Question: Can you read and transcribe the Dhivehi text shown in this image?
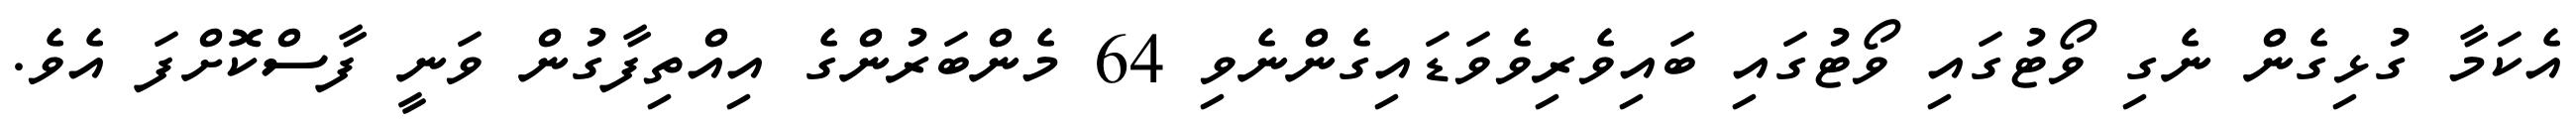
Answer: އެކަމާ ގުޅިގެން ނެގި ވޯޓުގައި ވޯޓުގައި ބައިވެރިވެވަޑައިގެންނެވި 64 މެންބަރުންގެ އިއްތިފާގުން ވަނީ ފާސްކޮށްފަ އެވެ.